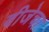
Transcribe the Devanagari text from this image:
वीजेचा